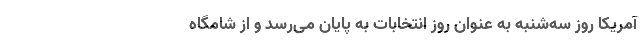
آمریکا روز سه‌شنبه به عنوان روز انتخابات به پایان می‌رسد و از شامگاه